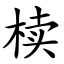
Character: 椟